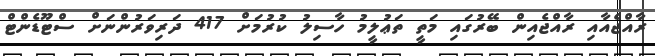
ރާއްޖެއާއި ރާއްޖެއިން ބޭރުގައި މަތީ ތަޢުލީމު ހާސިލު ކުރުމަށް 417 ދަރިވަރުންނަށް ސްޓޫޑެންޓް